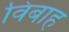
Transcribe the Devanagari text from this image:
विबाह